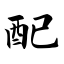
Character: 配